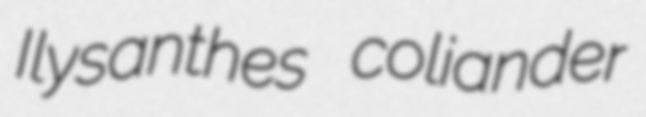
Ilysanthes coliander